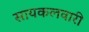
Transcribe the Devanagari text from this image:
सायकलवारी